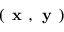
( \textbf { x } , \textbf { y } )